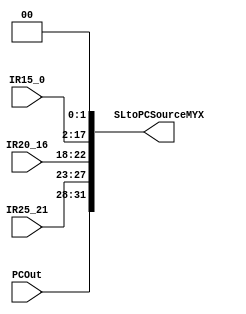
// shift left 2 = multiplica por 4 (2**2)
module shiftLeft2up(
    input wire [25:21] IR25_21,
    input wire [20:16] IR20_16,
    input wire [15:0] IR15_0,
    input wire [3:0]  PCOut,// input 32 bits
    output wire [31:0] SLtoPCSourceMYX // output 32 bits
);

    assign SLtoPCSourceMYX = {PCOut, IR25_21, IR20_16, IR15_0, 2'b00}; 

endmodule